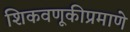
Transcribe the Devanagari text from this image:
शिकवणूकीप्रमाणे